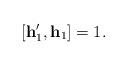
LaTeX: \begin{align*}[\mathbf{h}'_1,\mathbf{h}_1]=1.\end{align*}